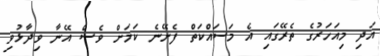
އަދި މިއަހަރުގެ ތެރޭގައި އެ މަސައްކަތް ފެށޭނެ ކަމަށް ވެސް އޭނާ ވިދާޅުވި